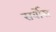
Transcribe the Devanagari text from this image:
सर्वोस